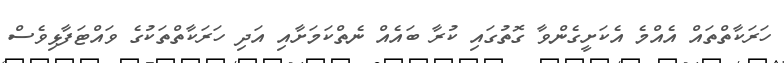
ހަރަކާތްތައް އެއްމެ އެކަށީގެންވާ ގޮތުގައި ކުރާ ބައެއް ނެތްކަމަށާއި އަދި ހަރަކާތްތަކުގެ ވައްޓަފާޅިވެސް